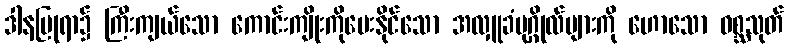
ဒါနပြုရာ၌ ကြီးကျယ်သော ကောင်းကျိုးကိုပေးနိုင်သော အလှူခံပုဂ္ဂိုလ်များကို ဟောသော ဝစ္ဆသုတ်